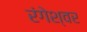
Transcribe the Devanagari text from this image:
रंगेश्वर